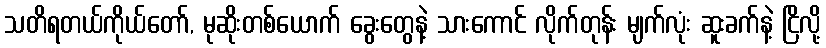
သတိရတယ်ကိုယ်တော်, မုဆိုးတစ်ယောက် ခွေးတွေနဲ့ သားကောင် လိုက်တုန်း မျက်လုံး ဆူးခက်နဲ့ ငြိလို့